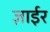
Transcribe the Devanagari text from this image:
ज़ाईर